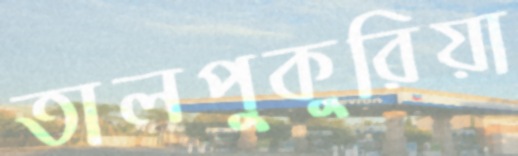
তালপুকুরিয়া